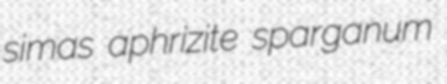
simas aphrizite sparganum